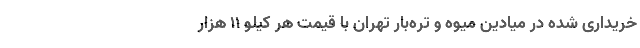
خریداری شده در میادین میوه و تره‌بار تهران با قیمت هر کیلو 11 هزار